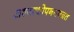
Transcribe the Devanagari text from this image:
अश्वत्थोपनयनव्रत